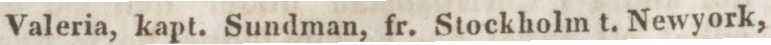
Valeria, kapt. Sundman, fr. Stockholm t. Newyork,